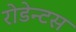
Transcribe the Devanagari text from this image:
रोडेन्टस